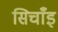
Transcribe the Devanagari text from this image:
सिचाँइ